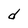
Character: d